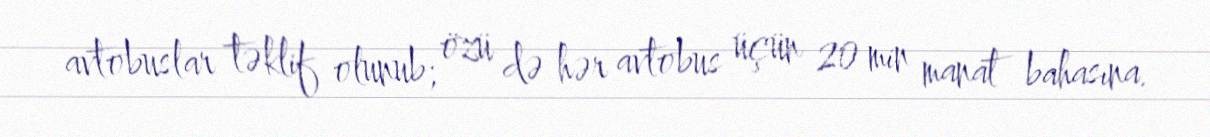
avtobuslar təklif olunub; özü də hər avtobus üçün 20 min manat bahasına.